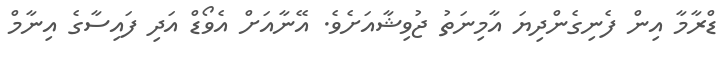
ޑްރާމާ އިން ފެނިގެންދިޔަ އާމިނަތު ޖުވިޝާއަށެވެ. އޭނާއަށް އެވޯޑް އަދި ފައިސާގެ އިނާމް